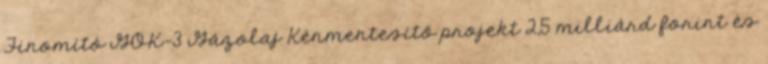
Finomító GOK-3 Gázolaj Kénmentesítő projekt 2,5 milliárd forint és